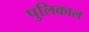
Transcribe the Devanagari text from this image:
पुलिकाल